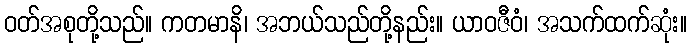
ဝတ်အစုတို့သည်။ ကတမာနိ၊ အဘယ်သည်တို့နည်း။ ယာဝဇီဝံ၊ အသက်ထက်ဆုံး။